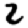
Digit: 2